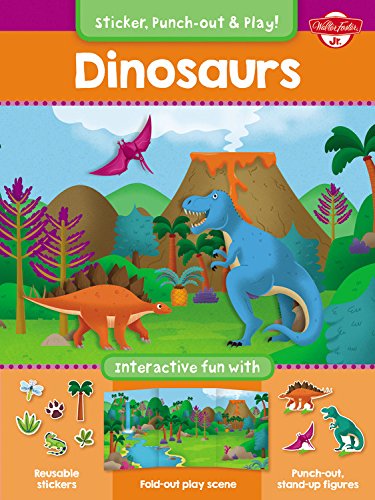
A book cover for Dinosaurs: Interactive fun with reusable stickers, fold-out play scene, and punch-out, stand-up figures! (Sticker, Punch-out, & Play!); Walter Foster Jr. Creative Team; Children's Books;